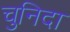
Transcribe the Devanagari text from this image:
चुनिदा